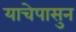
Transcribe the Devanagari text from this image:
याचेपासुन